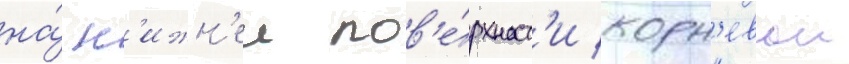
на́ н'ижн'еи пов'е́рхност'и корн'евои